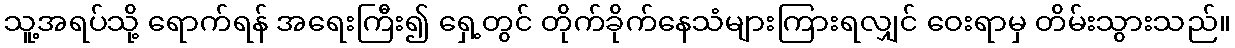
သူ့အရပ်သို့ ရောက်ရန် အရေးကြီး၍ ရှေ့တွင် တိုက်ခိုက်နေသံများကြားရလျှင် ဝေးရာမှ တိမ်းသွားသည်။